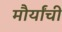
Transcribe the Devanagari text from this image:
मौर्यांची